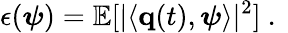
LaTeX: \epsilon(\boldsymbol{\psi})=\mathbb{E}[|\langle{\mathbf q}(t),\boldsymbol{\psi}\rangle|^{2}]\mathrm{~.~}